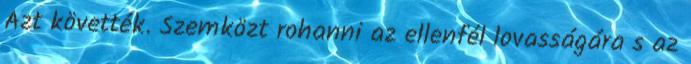
Azt követték. Szemközt rohanni az ellenfél lovasságára s az